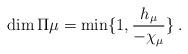
LaTeX: \begin{align*}\dim\Pi\mu=\min\{1,\frac{h_{\mu}}{-\chi_{\mu}}\}\:.\end{align*}